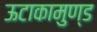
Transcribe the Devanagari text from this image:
ऊटाकामुण्ड